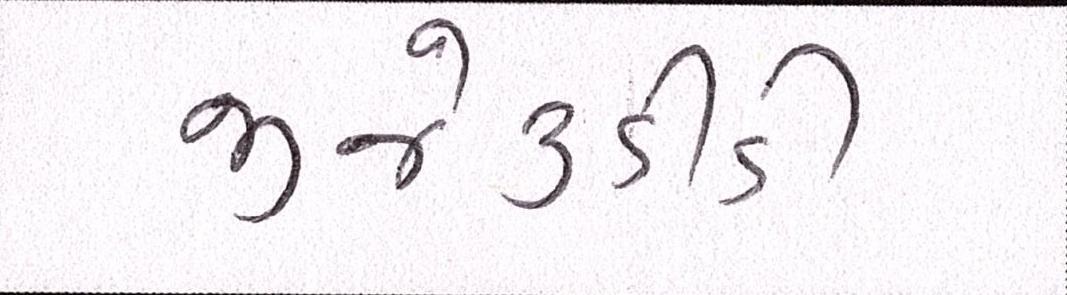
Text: જીજે૩ડીડી